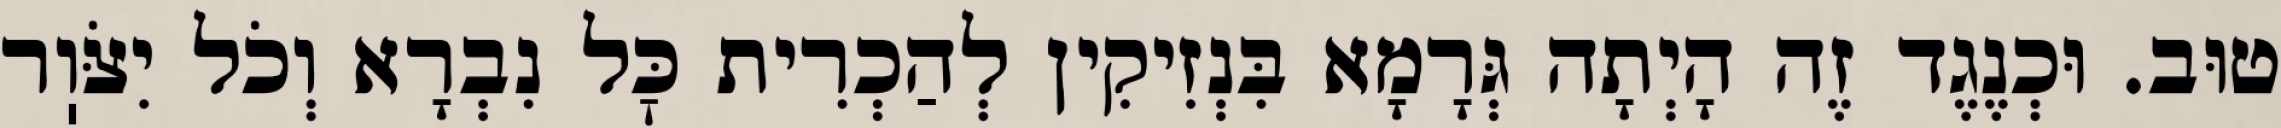
טוּב. וּכְנֶגֶד זֶה הָיְתָה גְּרָמָא בִּנְזִיקִין לְהַכְרִית כׇּל נִבְרָא וְכֹל יִצֹּוֽר